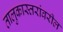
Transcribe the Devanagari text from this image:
तालुकास्तरांवरील